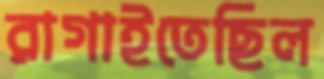
রাগাইতেছিল